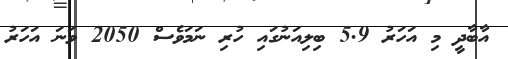
އާބާދީ މި އަހަރު 5.9 ބިލިއަނުގައި ހުރި ނަމަވެސް 2050 ވަނަ އަހަރު